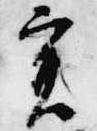
実